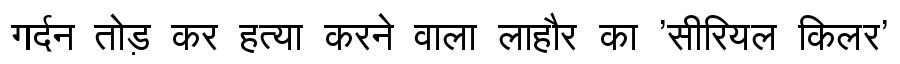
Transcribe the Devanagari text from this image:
गर्दन तोड़ कर हत्या करने वाला लाहौर का 'सीरियल किलर'